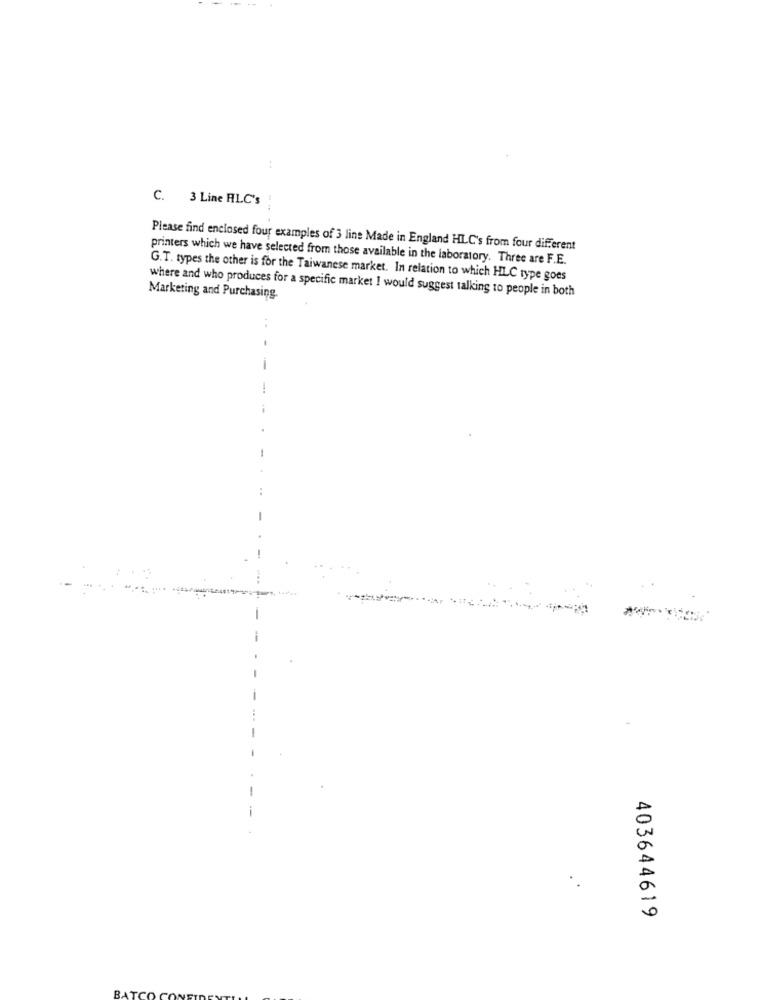
...
C. 3 Line HLC's
Please find enclosed four examples of 3 line Made in England HLC's from four different
printers which we have selected from those available in the laboratory. Three are F.E.
G.T. types the other is for the Taiwanese market. In relation to which HLC type goes
where and who produces for a specific market I would suggest talking to people in both
Marketing and Purchasing.
..
403644619